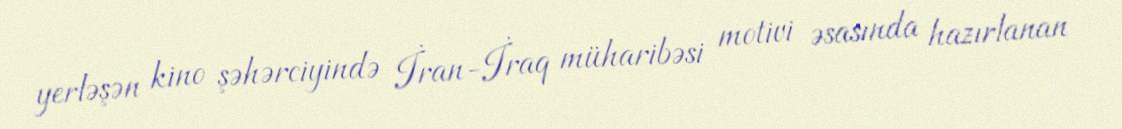
yerləşən kino şəhərciyində İran-İraq müharibəsi motivi əsasında hazırlanan